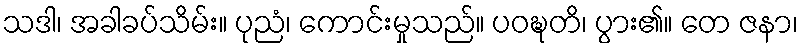
သဒါ၊ အခါခပ်သိမ်း။ ပုညံ၊ ကောင်းမှုသည်။ ပဝဍ္ဎတိ၊ ပွား၏။ တေ ဇနာ၊